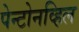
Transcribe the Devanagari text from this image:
पेन्टोनव्हिल